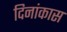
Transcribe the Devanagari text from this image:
दिनांकास